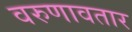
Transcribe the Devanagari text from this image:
वरुणावतार